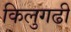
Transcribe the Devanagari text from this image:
किलुगढी